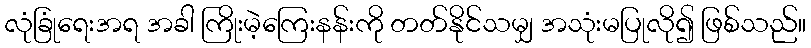
လုံခြုံရေးအရ အခါ ကြိုးမဲ့ကြေးနန်းကို တတ်နိုင်သမျှ အသုံးမပြုလို၍ ဖြစ်သည်။